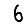
Digit: 6